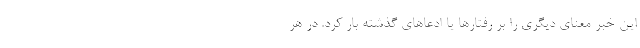
این خبر معنای دیگری را بر رفتارها یا ادعاهای گذشته بار کرد. در هر